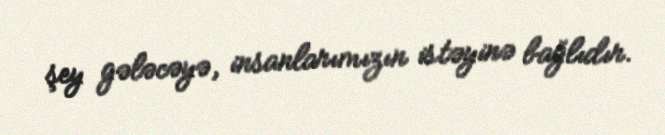
şey gələcəyə, insanlarımızın istəyinə bağlıdır.